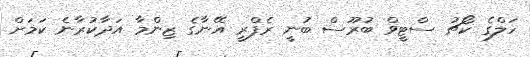
ހަލްގެ ކޯޗު ސްޓީވް ބުރޫސް ބުނީ ރެފްރީ އޭނާގެ ޒިންމާ އަދާކުރާނެ ކަމަށް